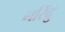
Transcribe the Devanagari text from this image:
नरिंद्रु